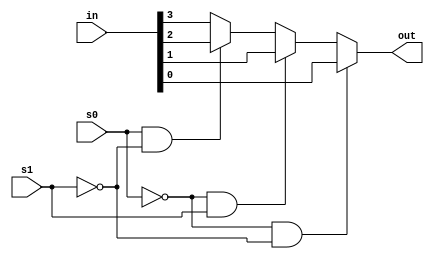
module mul_4ent(
    input wire[3:0] in,
    output wire out,
    input wire s0,s1
);

always @(*) begin
    if(~s0 & ~s1)
        out = in[0];
    else if(~s0 & s1)
        out = in[1];
    else if(s0 & ~s1)
        out = in[2];
    else
        out = in[3];
end

endmodule